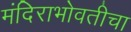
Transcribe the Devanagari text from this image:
मंदिराभोवतीचा